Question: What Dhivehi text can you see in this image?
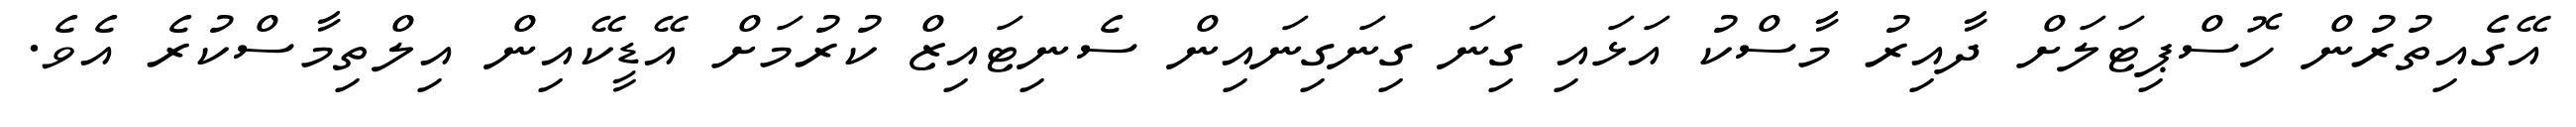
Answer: އޭގެއިތުރުން ހޮސްޕިޓަލަށް ދާއިރު މާސްކު އަޅައި ގިނަ ގިނަގިނައިން ސެނިޓައިޒް ކުރުމަށް އޭޑީކޭއިން އިލްތިމާސްކުރެ އެވެ.